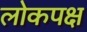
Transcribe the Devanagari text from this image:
लोकपक्ष